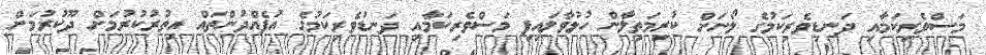
މަސްވެރިކަމާއި ދަނޑިވެރިކަމުގެ ލޯނަށް ކުރިމަތިލާން ހުޅުވާލައިފި މަސްވެރިކަމާއި ދަނޑުވެރިކަމުގެ އުފެއްދުންތައް އިތުރުކުރުމަށް ދޫކުރުމަށް